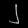
Digit: ၂